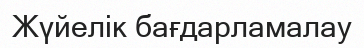
Жүйелік бағдарламалау